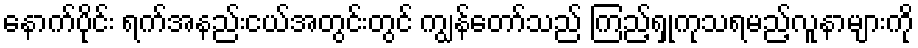
နောက်ပိုင်း ရက်အနည်းငယ်အတွင်းတွင် ကျွန်တော်သည် ကြည့်ရှုကုသရမည့်လူနာများကို